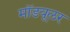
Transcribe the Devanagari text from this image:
मॉडयूलर